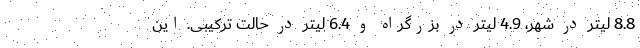
8.8 لیتر در شهر، 4.9 لیتر در بزرگراه و 6.4 لیتر در حالت ترکیبی. این